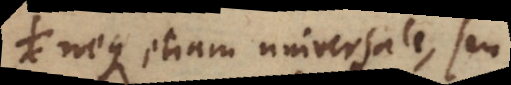
neque etiam universale, seu